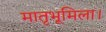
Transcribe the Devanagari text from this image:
मातृभूमिला।